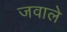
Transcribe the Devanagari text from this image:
जवाले